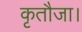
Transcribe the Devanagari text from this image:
कृतौजा।